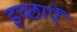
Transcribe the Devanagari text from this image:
इच्छाऐं